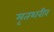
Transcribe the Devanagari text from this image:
मृतशरीर